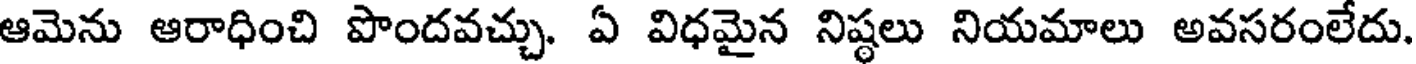
ఆమెను ఆరాధించి పొందవచ్చు. ఏ విధమైన నిష్ఠలు నియమాలు అవసరంలేదు.